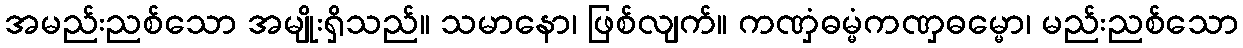
အမည်းညစ်သော အမျိုးရှိသည်။ သမာနော၊ ဖြစ်လျက်။ ကဏှံဓမ္မံကဏှဓမ္မော၊ မည်းညစ်သော